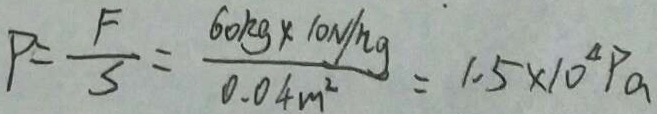
P = \frac { F } { S } = \frac { 6 0 k g \times 1 0 N / n g } { 0 . 0 4 m ^ { 2 } } = 1 . 5 \times 1 0 ^ { 4 } P a